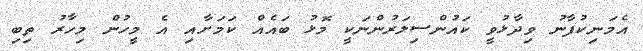
އެމަނިކުފާނު ވިދާޅުވީ ކައުންސިލަރުންނަކީ މޮޅު ބައެއް ކަމަށާއި އެ މީހުން މިހާރު ތިބި